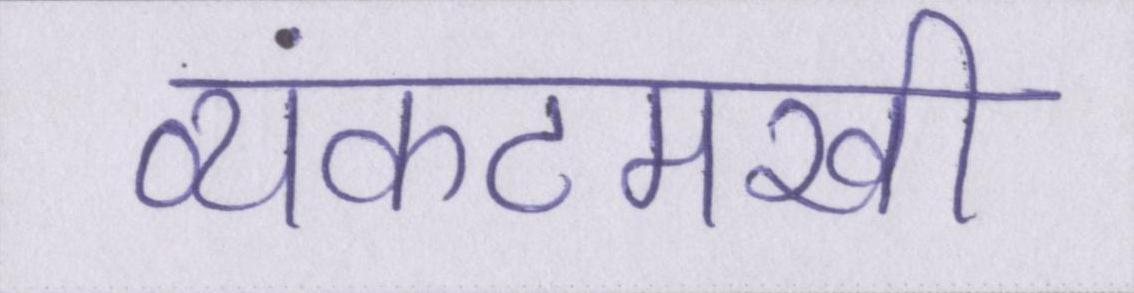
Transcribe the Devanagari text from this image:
व्यंकटमखी